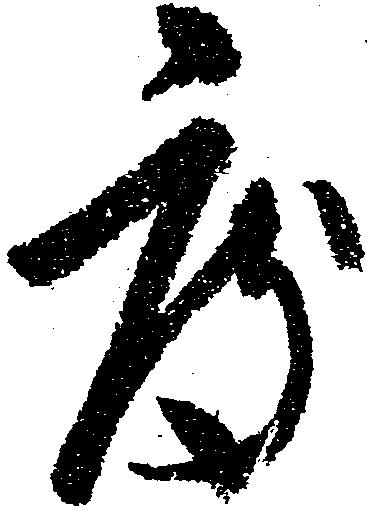
度